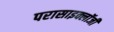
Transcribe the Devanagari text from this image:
परासाइक्लॉजी